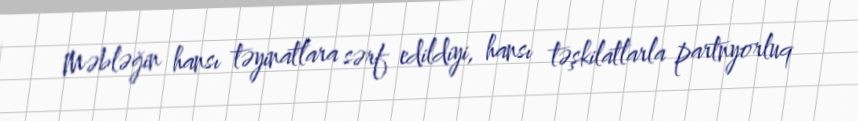
Məbləğin hansı təyinatlara sərf edildiyi, hansı təşkilatlarla partnyorluq